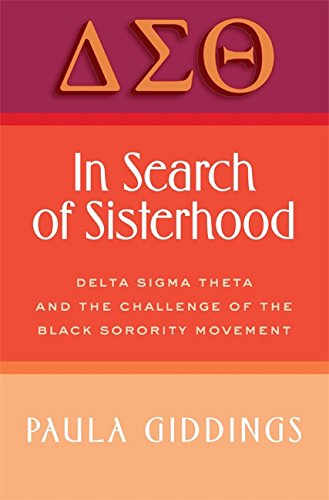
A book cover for In Search of Sisterhood: Delta Sigma Theta and the Challenge of the Black Sorority Movement; Paula J. Giddings; History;